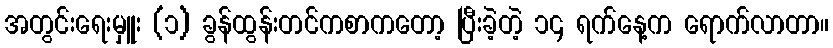
အတွင်းရေးမှူး (၁) ခွန်ထွန်းတင်ကစာကတော့ ပြီးခဲ့တဲ့ ၁၄ ရက်နေ့က ရောက်လာတာ။